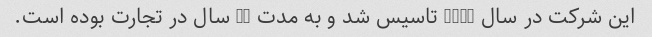
این شرکت در سال 2002 تاسیس شد و به مدت 10 سال در تجارت بوده است.